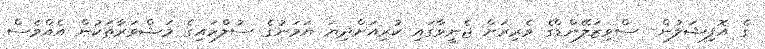
ގެ އޮފިޝަލުން- ސްވިޒަލޭންޑްގެ ވެރިރަށް ޖެނީވާގައި ކުރިއަށްދިޔަ ޔަމަނުގެ ސުލްހައިގެ މަޝްވަރާތަކުން އެއްވެސް